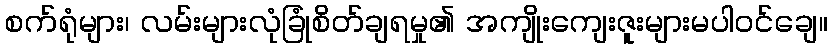
စက်ရုံများ၊ လမ်းများလုံခြုံစိတ်ချရမှု၏ အကျိုးကျေးဇူးများမပါဝင်ချေ။